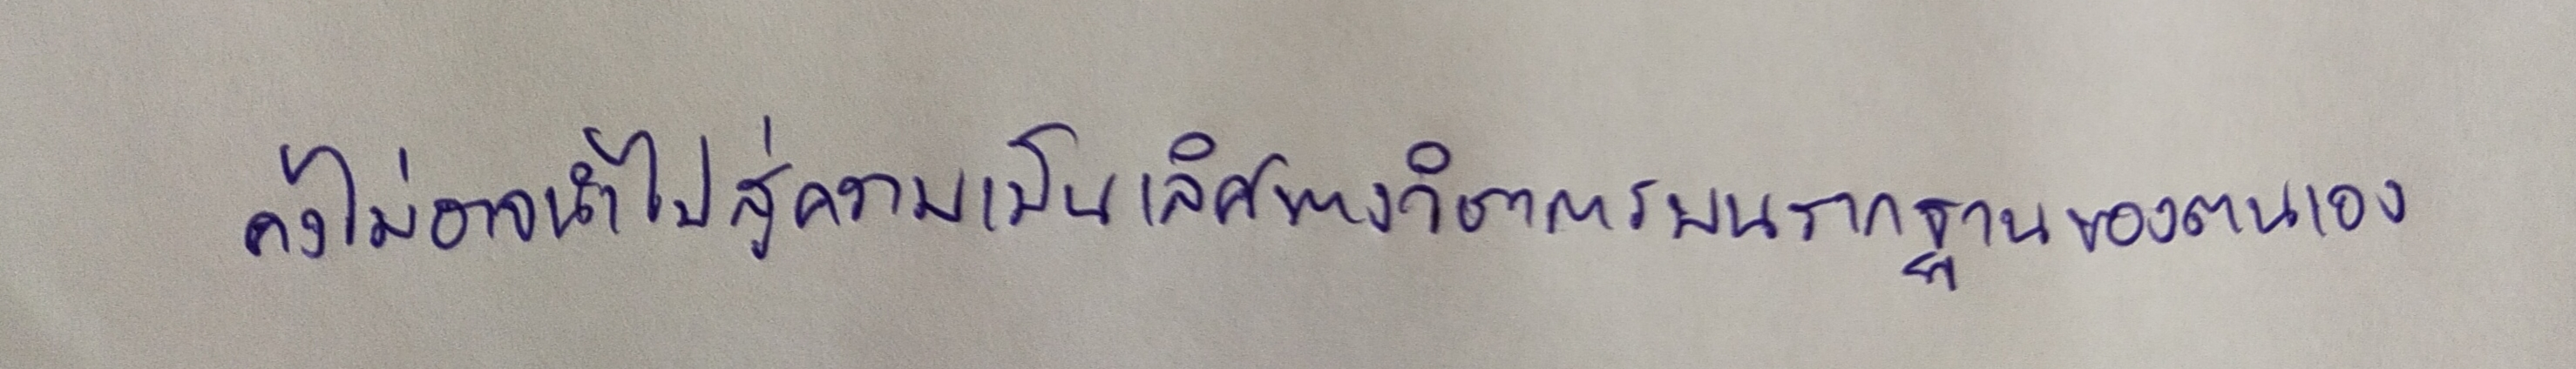
คงไม่อาจนำไปสู่ความเป็นเลิศทางวิชาการบนรากฐานของตนเอง